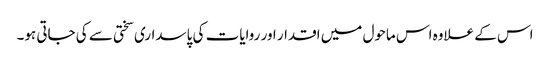
اس کے علاوہ اس ماحول میں اقدار اور روایات کی پاسداری سختی سے کی جاتی ہو۔